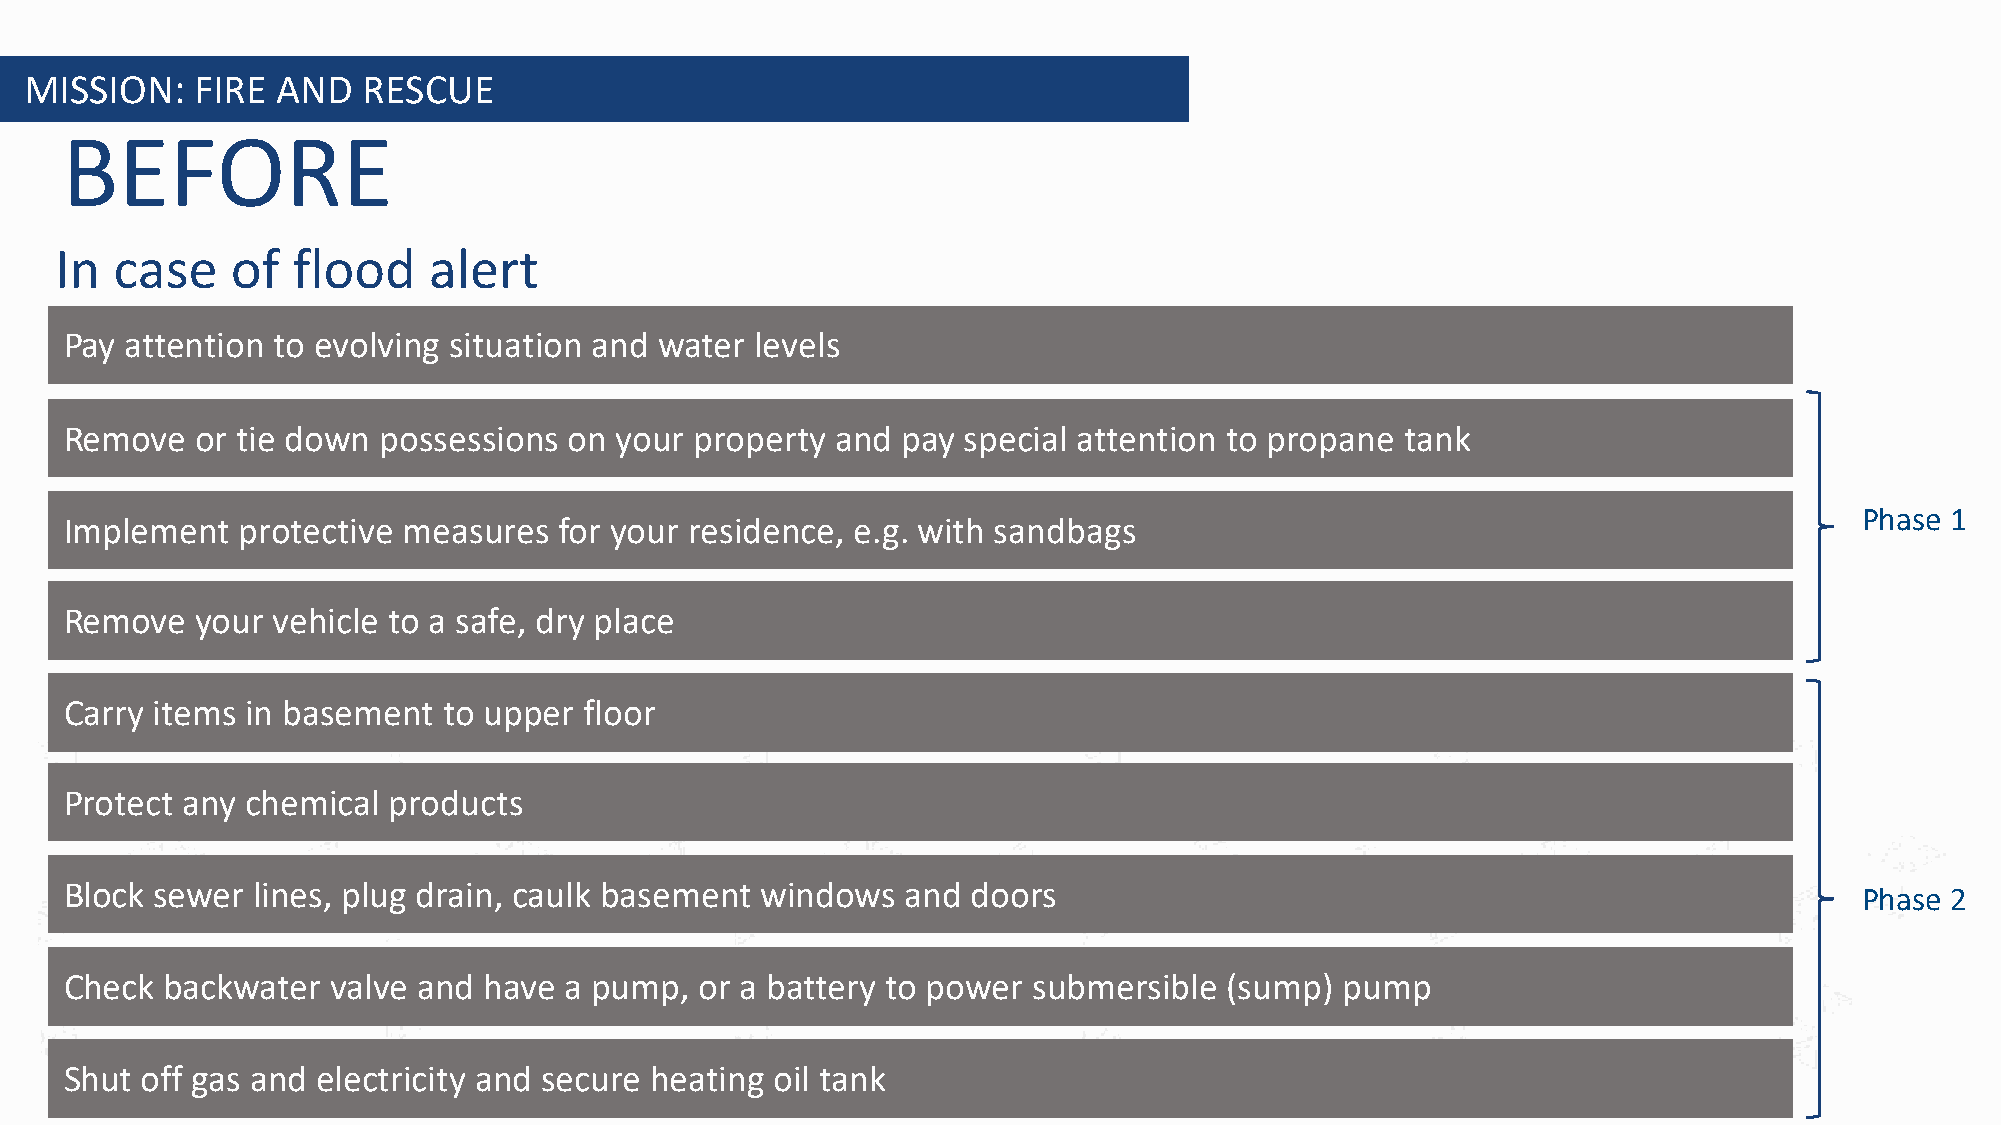
MISSION:   FIRE AND   RESCUE
 BEFORE
 In  case   of  flood    alert
 Pay attention to evolving situation and water levels
 Remove   or tie down possessions  on your property and  pay special attention to propane tank
 Phase 1
 Implement   protective measures  for your residence, e.g. with sandbags
 Remove   your vehicle to a safe, dry place
 Carry items in basement  to upper  floor
 Protect any chemical  products
 Block sewer  lines, plug drain, caulk basement windows  and doors                                                      Phase 2
 Check  backwater  valve and have a pump,  or a battery to power submersible  (sump)  pump
 Shut off gas and electricity and secure heating oil tank